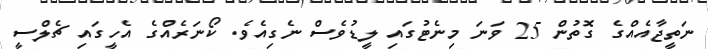
ނަތީޖާއެއްގެ ގޮތުން 25 ވަނަ މިނެޓުގައި ލީޑުވެސް ނެގިއެވެ. ކޯނަރެއްގެ އެހީގައި ޗެލްސީ